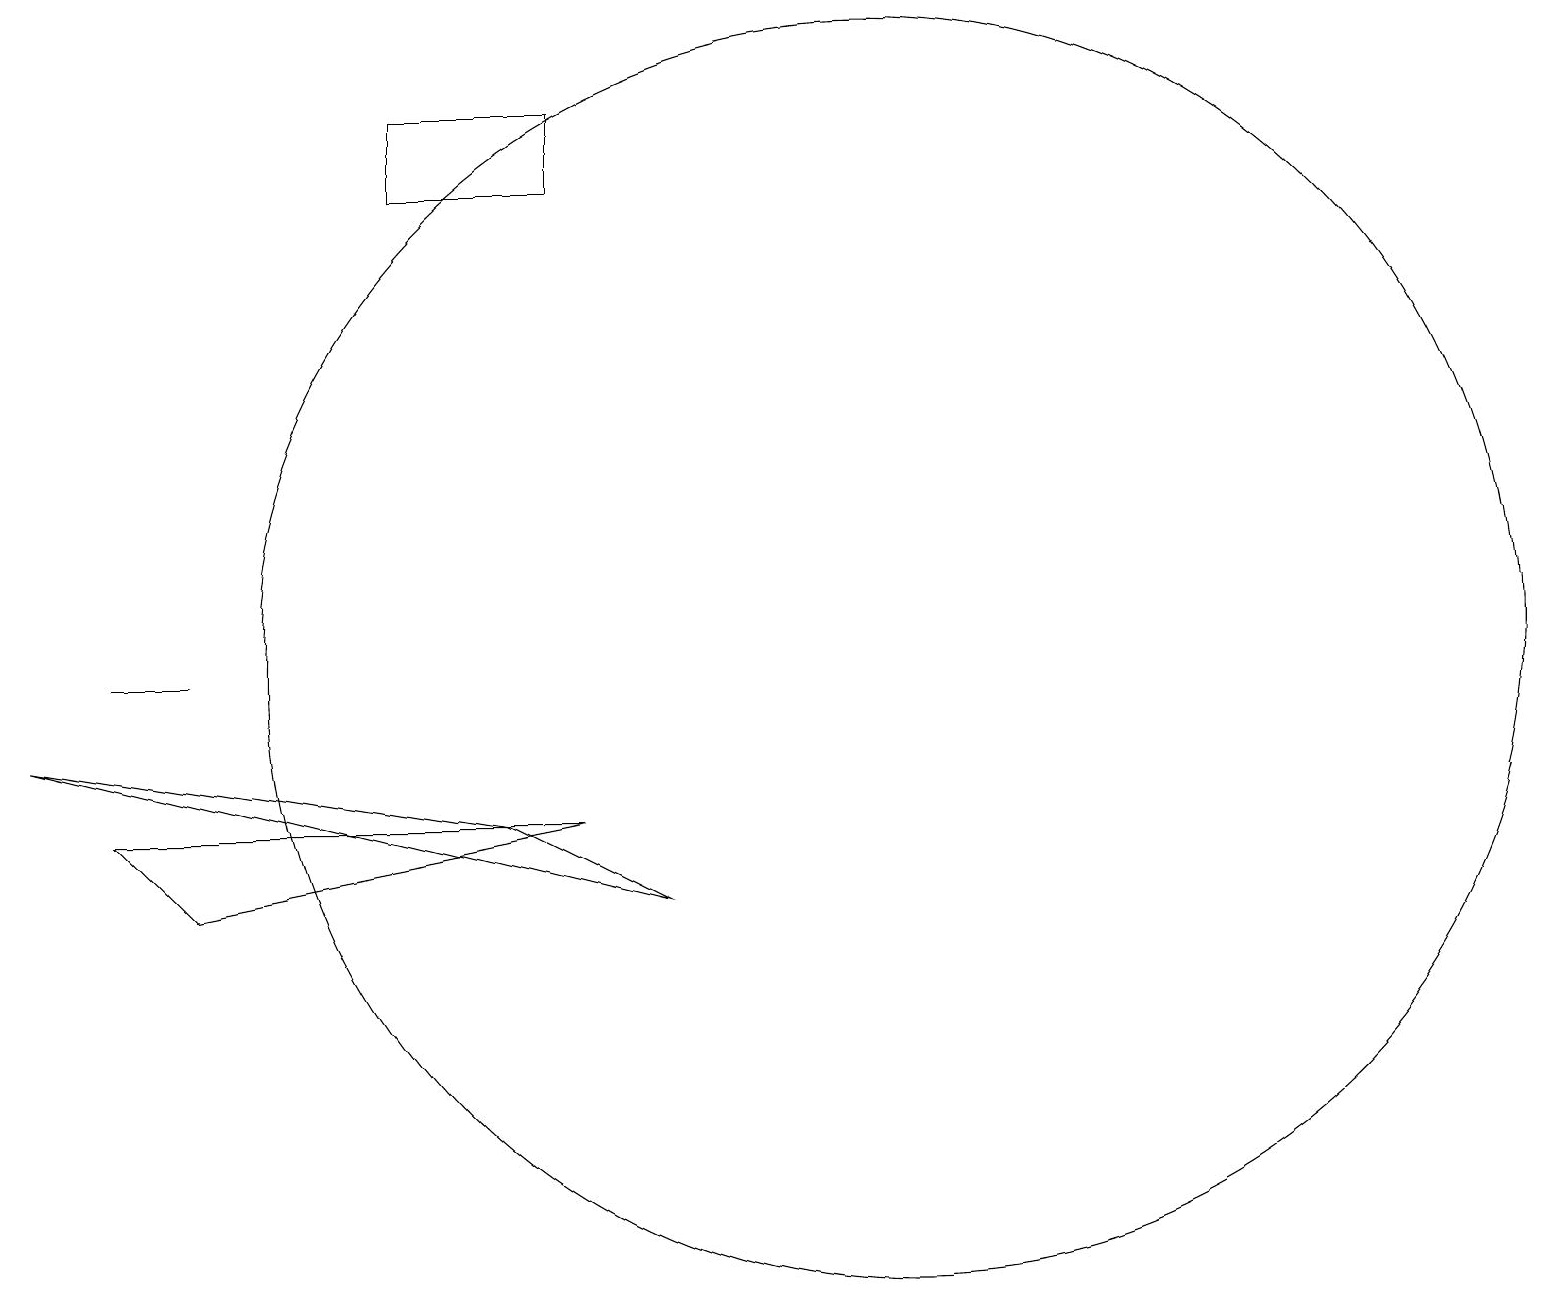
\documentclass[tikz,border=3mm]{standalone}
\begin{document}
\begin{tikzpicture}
\draw (11,10) circle (8);
\draw (1,10) rectangle (2,10);
\draw (5,16) rectangle (7,17);
\draw (0,9) -- (6,8) -- (8,7) -- cycle;
\draw (7,8) -- (2,7) -- (1,8) -- cycle;
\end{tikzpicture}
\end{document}